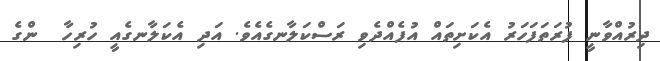
ދިރުއްވާނީ ފުރަތަފަހަރު އެކަށިތައް އުފެއްދެވި ރަސްކަލާނގެއެވެ. އަދި އެކަލާނގެއީ ހުރިހާ  ންގެ